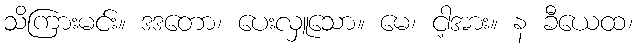
သိကြားမင်း။ ဒဒတော၊ ပေးလှူသော။ မေ၊ ငါ့အား။ န ခီယေထ၊